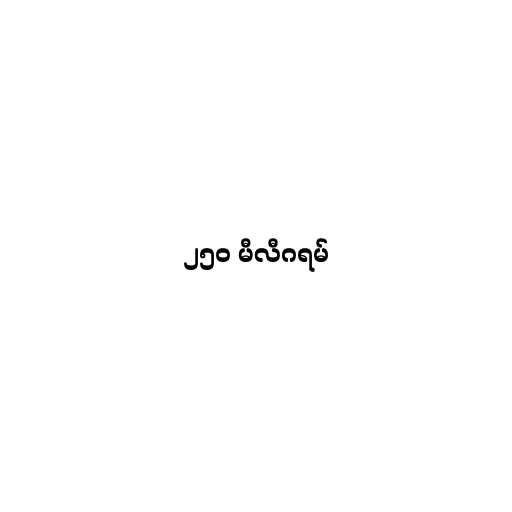
၂၅၀ မီလီဂရမ်